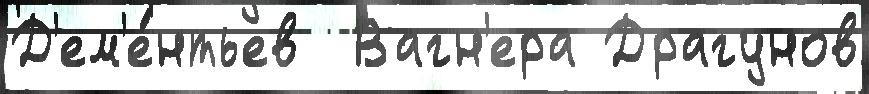
Д'ем'е́нтьев  Вагн'ера Драгунов